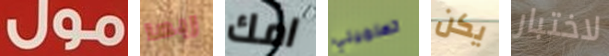
مول ربما امك تعلميني يكن لاختبار